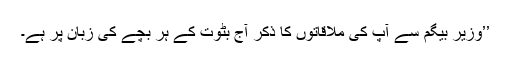
’’وزیر بیگم سے آپ کی ملاقاتوں کا ذکر آج بٹوت کے ہر بچے کی زبان پر ہے۔